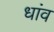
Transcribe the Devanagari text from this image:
धांव